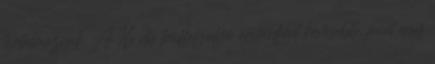
tartalmaznak. A 16 db trüffelgolyó egyenként kevesebb, mint egy